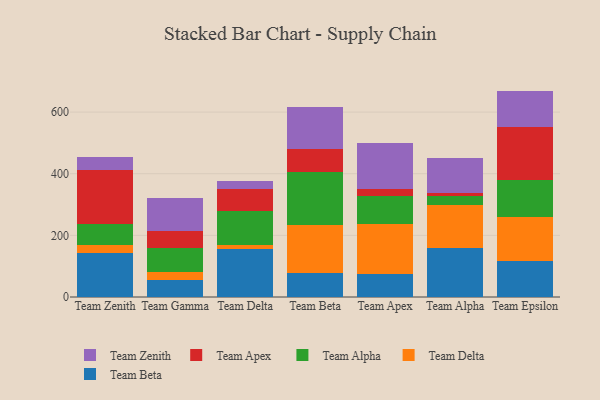
{"axis": {"x": "Team", "y": "Humidity (%)"}, "legend": ["Team Alpha", "Team Apex", "Team Beta", "Team Delta", "Team Zenith"], "data": [{"x": "Team Zenith", "y": 143.2, "type": "Team Beta"}, {"x": "Team Zenith", "y": 26.5, "type": "Team Delta"}, {"x": "Team Zenith", "y": 66.0, "type": "Team Alpha"}, {"x": "Team Zenith", "y": 174.9, "type": "Team Apex"}, {"x": "Team Zenith", "y": 43.9, "type": "Team Zenith"}, {"x": "Team Gamma", "y": 55.2, "type": "Team Beta"}, {"x": "Team Gamma", "y": 24.6, "type": "Team Delta"}, {"x": "Team Gamma", "y": 79.0, "type": "Team Alpha"}, {"x": "Team Gamma", "y": 55.3, "type": "Team Apex"}, {"x": "Team Gamma", "y": 106.5, "type": "Team Zenith"}, {"x": "Team Delta", "y": 154.3, "type": "Team Beta"}, {"x": "Team Delta", "y": 13.6, "type": "Team Delta"}, {"x": "Team Delta", "y": 110.4, "type": "Team Alpha"}, {"x": "Team Delta", "y": 72.2, "type": "Team Apex"}, {"x": "Team Delta", "y": 24.7, "type": "Team Zenith"}, {"x": "Team Beta", "y": 78.2, "type": "Team Beta"}, {"x": "Team Beta", "y": 155.6, "type": "Team Delta"}, {"x": "Team Beta", "y": 171.3, "type": "Team Alpha"}, {"x": "Team Beta", "y": 75.9, "type": "Team Apex"}, {"x": "Team Beta", "y": 135.9, "type": "Team Zenith"}, {"x": "Team Apex", "y": 74.5, "type": "Team Beta"}, {"x": "Team Apex", "y": 163.5, "type": "Team Delta"}, {"x": "Team Apex", "y": 91.3, "type": "Team Alpha"}, {"x": "Team Apex", "y": 19.8, "type": "Team Apex"}, {"x": "Team Apex", "y": 151.4, "type": "Team Zenith"}, {"x": "Team Alpha", "y": 159.2, "type": "Team Beta"}, {"x": "Team Alpha", "y": 140.7, "type": "Team Delta"}, {"x": "Team Alpha", "y": 27.0, "type": "Team Alpha"}, {"x": "Team Alpha", "y": 10.1, "type": "Team Apex"}, {"x": "Team Alpha", "y": 115.4, "type": "Team Zenith"}, {"x": "Team Epsilon", "y": 118.3, "type": "Team Beta"}, {"x": "Team Epsilon", "y": 141.8, "type": "Team Delta"}, {"x": "Team Epsilon", "y": 120.9, "type": "Team Alpha"}, {"x": "Team Epsilon", "y": 170.9, "type": "Team Apex"}, {"x": "Team Epsilon", "y": 117.0, "type": "Team Zenith"}]}